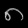
Digit: ၈